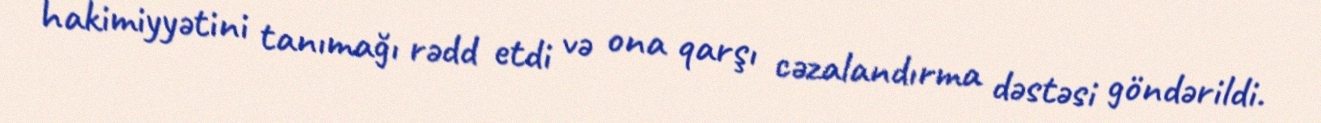
hakimiyyətini tanımağı rədd etdi və ona qarşı cəzalandırma dəstəsi göndərildi.